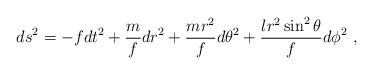
LaTeX: \begin{align*}ds^2= - f dt^2 + \frac{m}{f} d r^2 + \frac{m r^2}{f} d \theta^2 + \frac{l r^2 \sin^2 \theta}{f} d\phi^2\ , \end{align*}